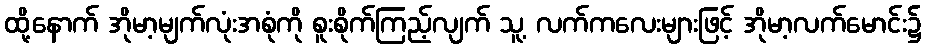
ထို့နောက် အိုမာ့မျက်လုံးအစုံကို စူးစိုက်ကြည့်လျက် သူ့ လက်ကလေးများဖြင့် အိုမာ့လက်မောင်း၌